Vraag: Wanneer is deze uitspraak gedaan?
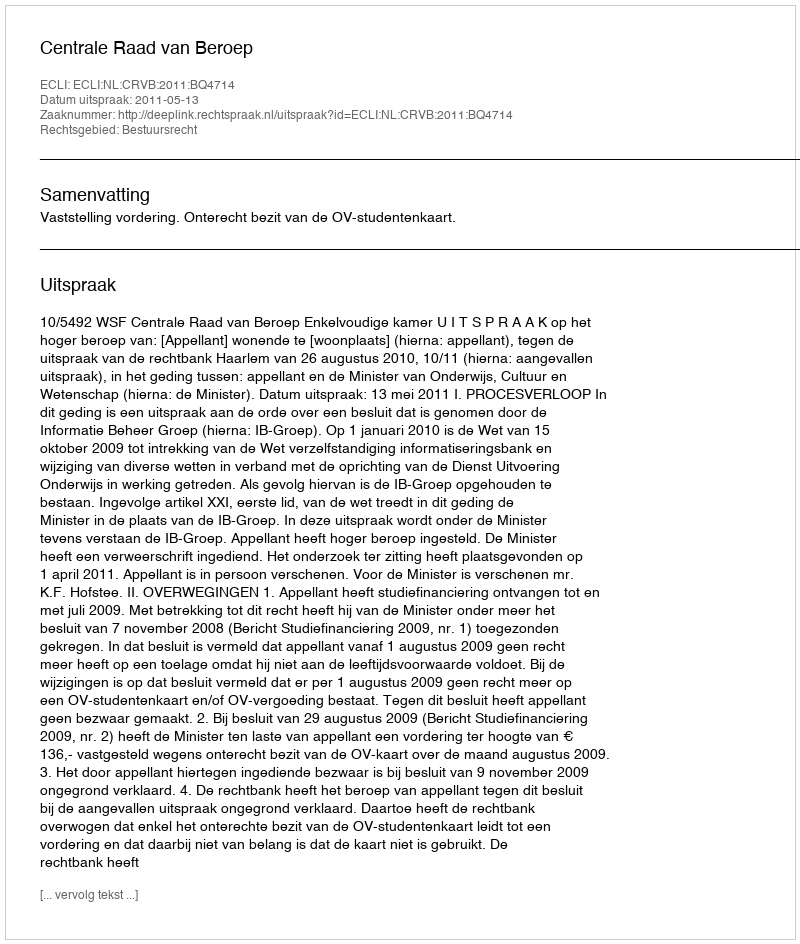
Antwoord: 2011-05-13